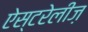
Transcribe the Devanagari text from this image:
ऐस्टरेलीज़